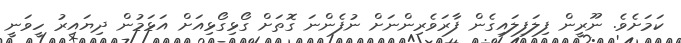
ކަމަށެވެ. ނޫރީން ފިލަފިލައިގެން ފާރަވެރިންނަށް ނުފެންނަ ގޮތަށް ގޯޅިގޯޅިއަށް އަޅަމުން ދިޔައިރު ހީވަނީ